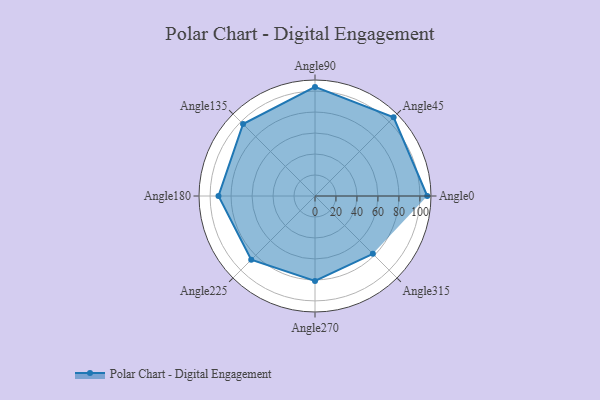
{"axis": {"x": "Angle", "y": "Radius"}, "legend": [""], "data": [{"x": "Angle0", "y": 107.0, "type": ""}, {"x": "Angle45", "y": 106.0, "type": ""}, {"x": "Angle90", "y": 104.0, "type": ""}, {"x": "Angle135", "y": 97.0, "type": ""}, {"x": "Angle180", "y": 92.0, "type": ""}, {"x": "Angle225", "y": 86.0, "type": ""}, {"x": "Angle270", "y": 81.0, "type": ""}, {"x": "Angle315", "y": 78.0, "type": ""}]}